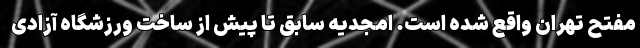
مفتح تهران واقع شده است. امجدیه سابق تا پیش از ساخت ورزشگاه آزادی